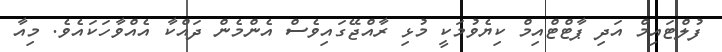
ފުލްޓައިމް އަދި ޕާޓްޓްއިމް ކިޔެވުމަކީ މުޅި ރާއްޖޭގައިވެސް އެންމެން ދައްކާ އެއްވާހަކައެވެ. މިއާ